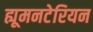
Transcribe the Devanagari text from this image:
ह्यूमनटेरियन